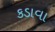
કડાવા